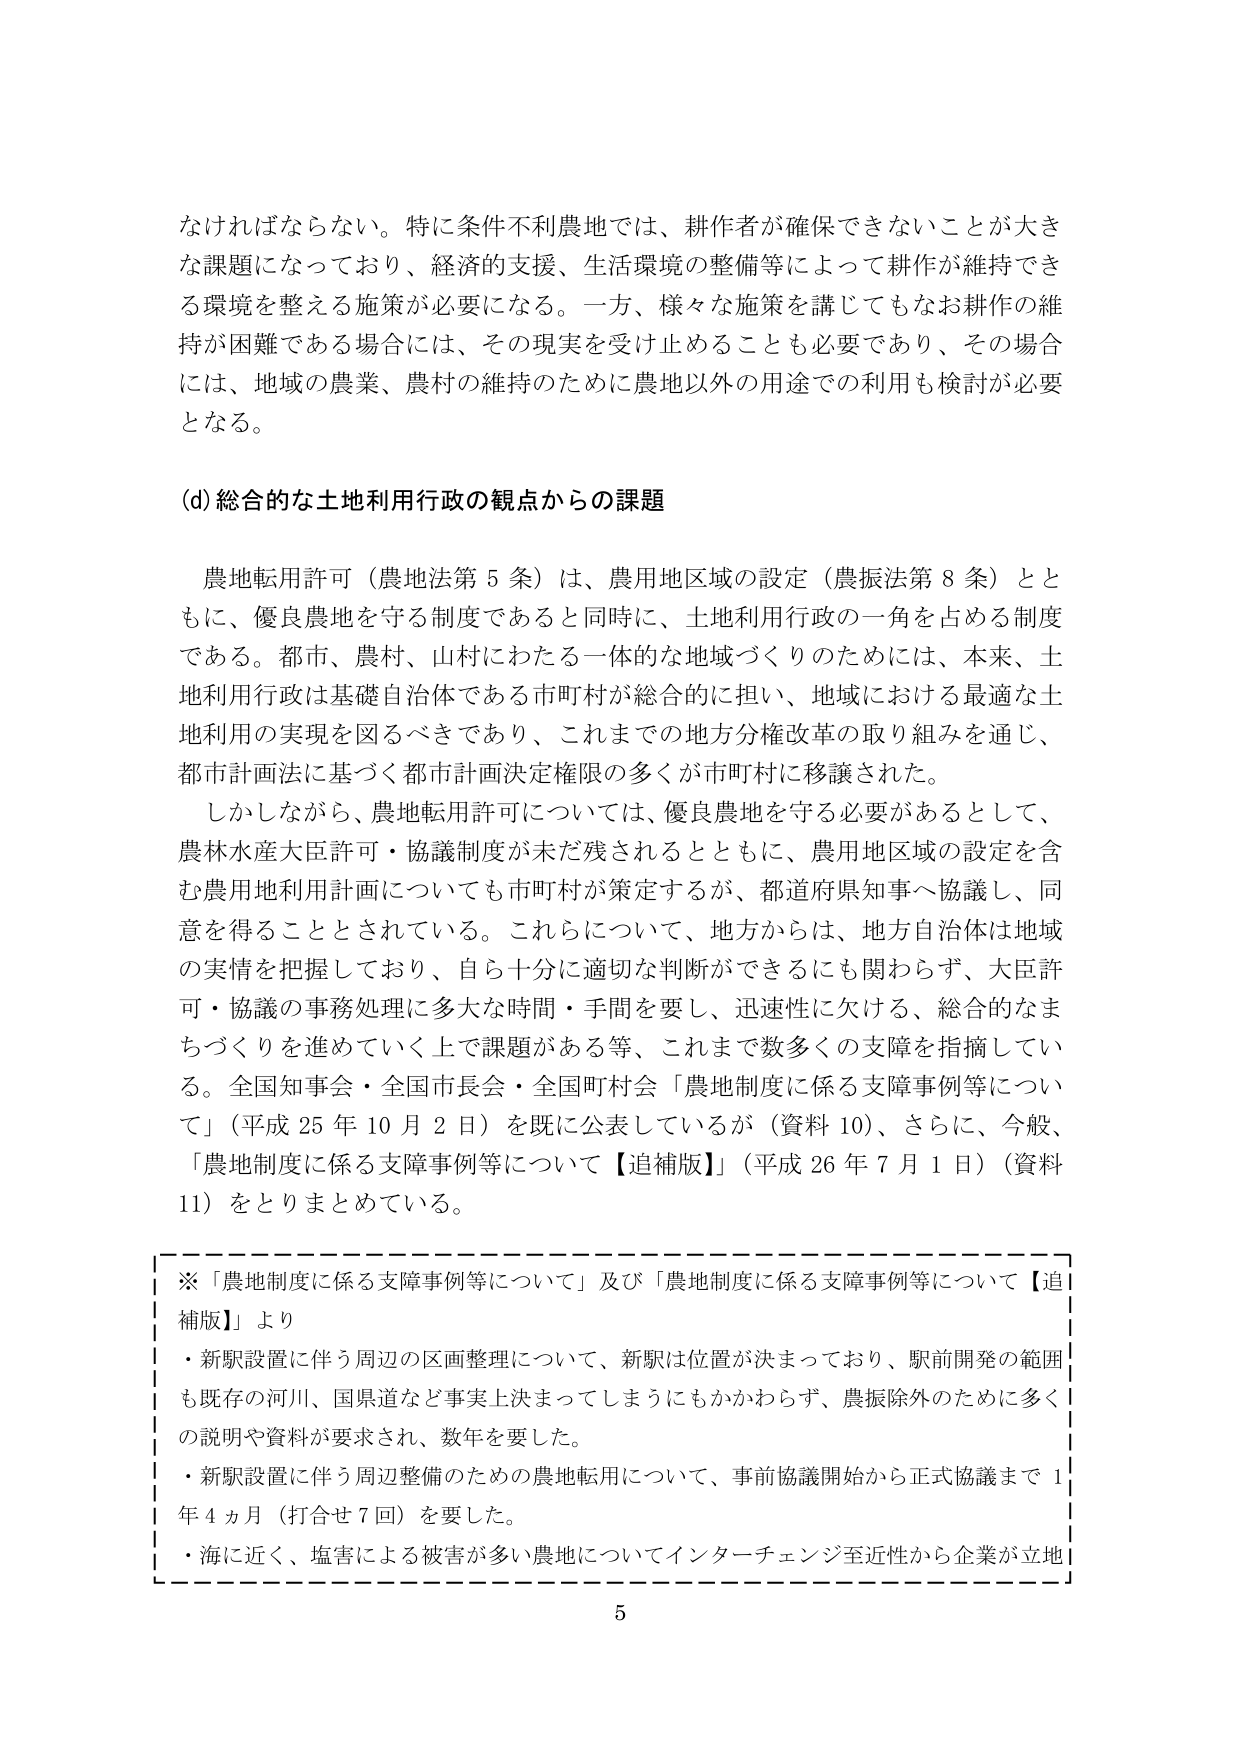
なければならない。特に条件不利農地では、耕作者が確保できないことが大きな課題になっており、経済的支援、生活環境の整備等によって耕作が維持できる環境を整える施策が必要になる。一方、様々な施策を講じてもなお耕作の維持が困難である場合には、その現実を受け止めることも必要であり、その場合には、地域の農業、農村の維持のために農地以外の用途での利用も検討が必要となる。

(d) 総合的な土地利用行政の観点からの課題

農地転用許可（農地法第5条）は、農用地区域の設定（農振法第8条）とともに、優良農地を守る制度であると同時に、土地利用行政の一角を占める制度である。都市、農村、山村にわたる一体的な地域づくりのためには、本来、土地利用行政は基礎自治体である市町村が総合的に担い、地域における最適な土地利用の実現を図るべきであり、これまでの地方分権改革の取り組みを通じ、都市計画法に基づく都市計画決定権限の多くが市町村に移譲された。

しかしながら、農地転用許可については、優良農地を守る必要があるとして、農林水産大臣許可・協議制度が未だ残されるとともに、農用地区域の設定を含む農用地利用計画についても市町村が策定するが、都道府県知事へ協議し、同意を得ることとされている。これらについて、地方からは、地方自治体は地域の実情を把握しており、自ら十分に適切な判断ができるにも関わらず、大臣許可・協議の事務処理に多大な時間・手間を要し、迅速性に欠ける、総合的なまちづくりを進めていく上で課題がある等、これまで数多くの支障を指摘している。全国知事会・全国市長会・全国町村会「農地制度に係る支障事例等について」（平成25年10月2日）を既に公表しているが（資料10）、さらに、今般、「農地制度に係る支障事例等について【追補版】」（平成26年7月1日）（資料11）をとりまとめている。

※「農地制度に係る支障事例等について」及び「農地制度に係る支障事例等について【追補版】」より
・新駅設置に伴う周辺の区画整理について、新駅は位置が決まっており、駅前開発の範囲も既存の河川、国県道など事実上決まってしまうにもかかわらず、農振除外のために多くの説明や資料が要求され、数年を要した。
・新駅設置に伴う周辺整備のための農地転用について、事前協議開始から正式協議まで1年4ヵ月（打合せ7回）を要した。
・海に近く、塩害による被害が多い農地についてインターチェンジ至近性から企業が立地

5